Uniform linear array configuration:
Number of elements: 16
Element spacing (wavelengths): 0.5
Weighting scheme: exponential
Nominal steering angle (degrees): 45
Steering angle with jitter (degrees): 46.536
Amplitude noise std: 0.05
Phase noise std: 0.05

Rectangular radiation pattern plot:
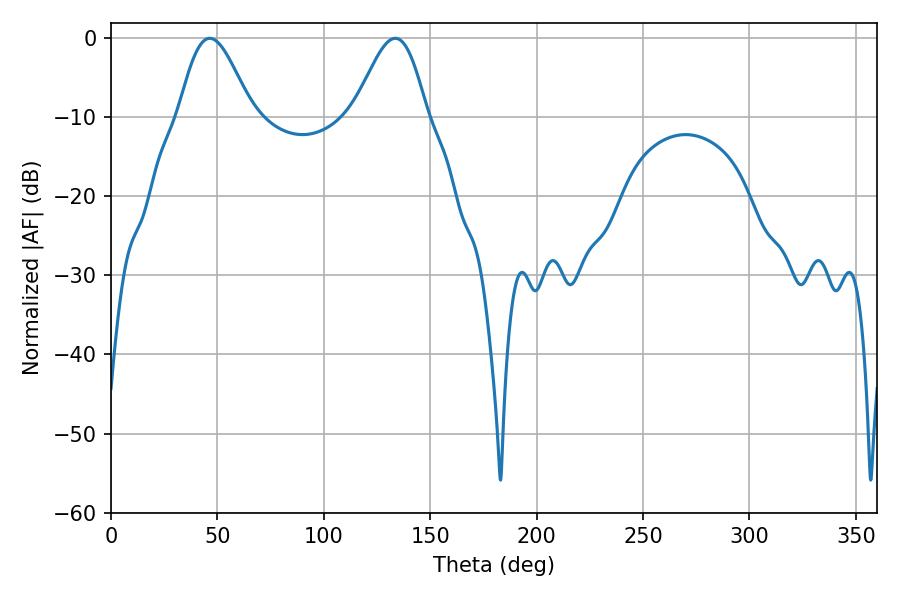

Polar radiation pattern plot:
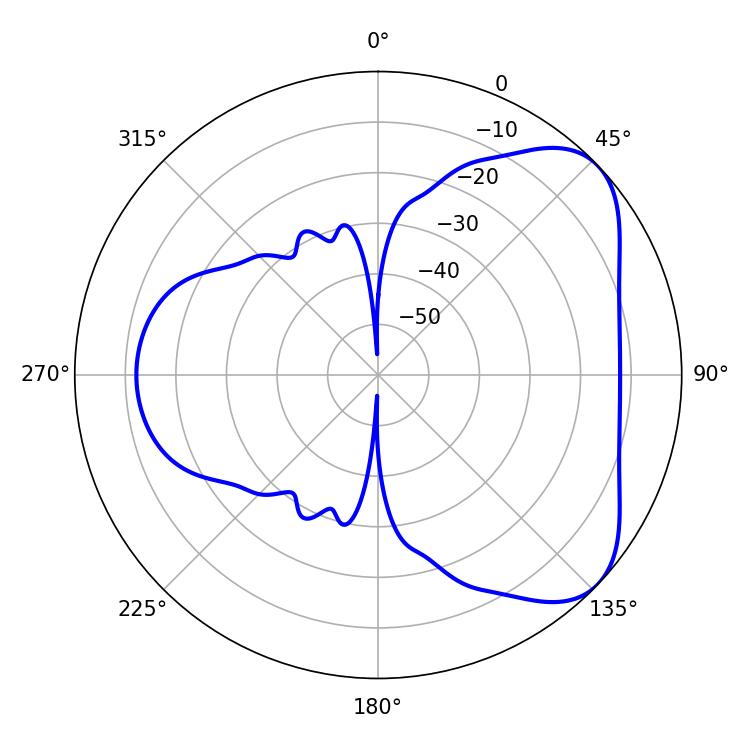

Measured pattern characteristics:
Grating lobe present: FALSE
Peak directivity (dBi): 5.7
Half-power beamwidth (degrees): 18.18
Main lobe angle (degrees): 46.44